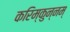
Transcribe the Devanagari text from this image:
करिम्कुन्नम्